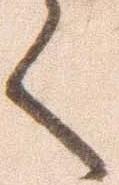
く